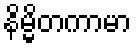
နိမ္မိတကာမာ